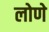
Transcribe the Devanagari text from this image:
लोणे